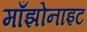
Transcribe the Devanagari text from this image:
माँझोनाइट